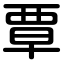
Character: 覃